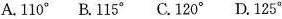
A.110° B.115° C.120° D.125°